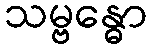
သမ္ဗန္ဓော